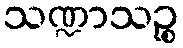
သဏ္ဍာသဉ္စ